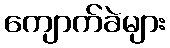
ကျောက်ခဲများ